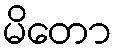
မိတော